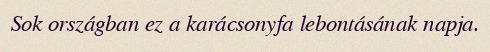
Sok országban ez a karácsonyfa lebontásának napja.